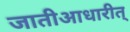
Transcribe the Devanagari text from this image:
जातीआधारीत्